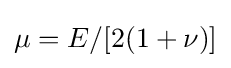
\mu =E/[2(1+\nu )]